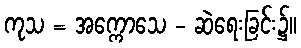
ကုသ = အက္ကောသေ - ဆဲရေးခြင်း၌။